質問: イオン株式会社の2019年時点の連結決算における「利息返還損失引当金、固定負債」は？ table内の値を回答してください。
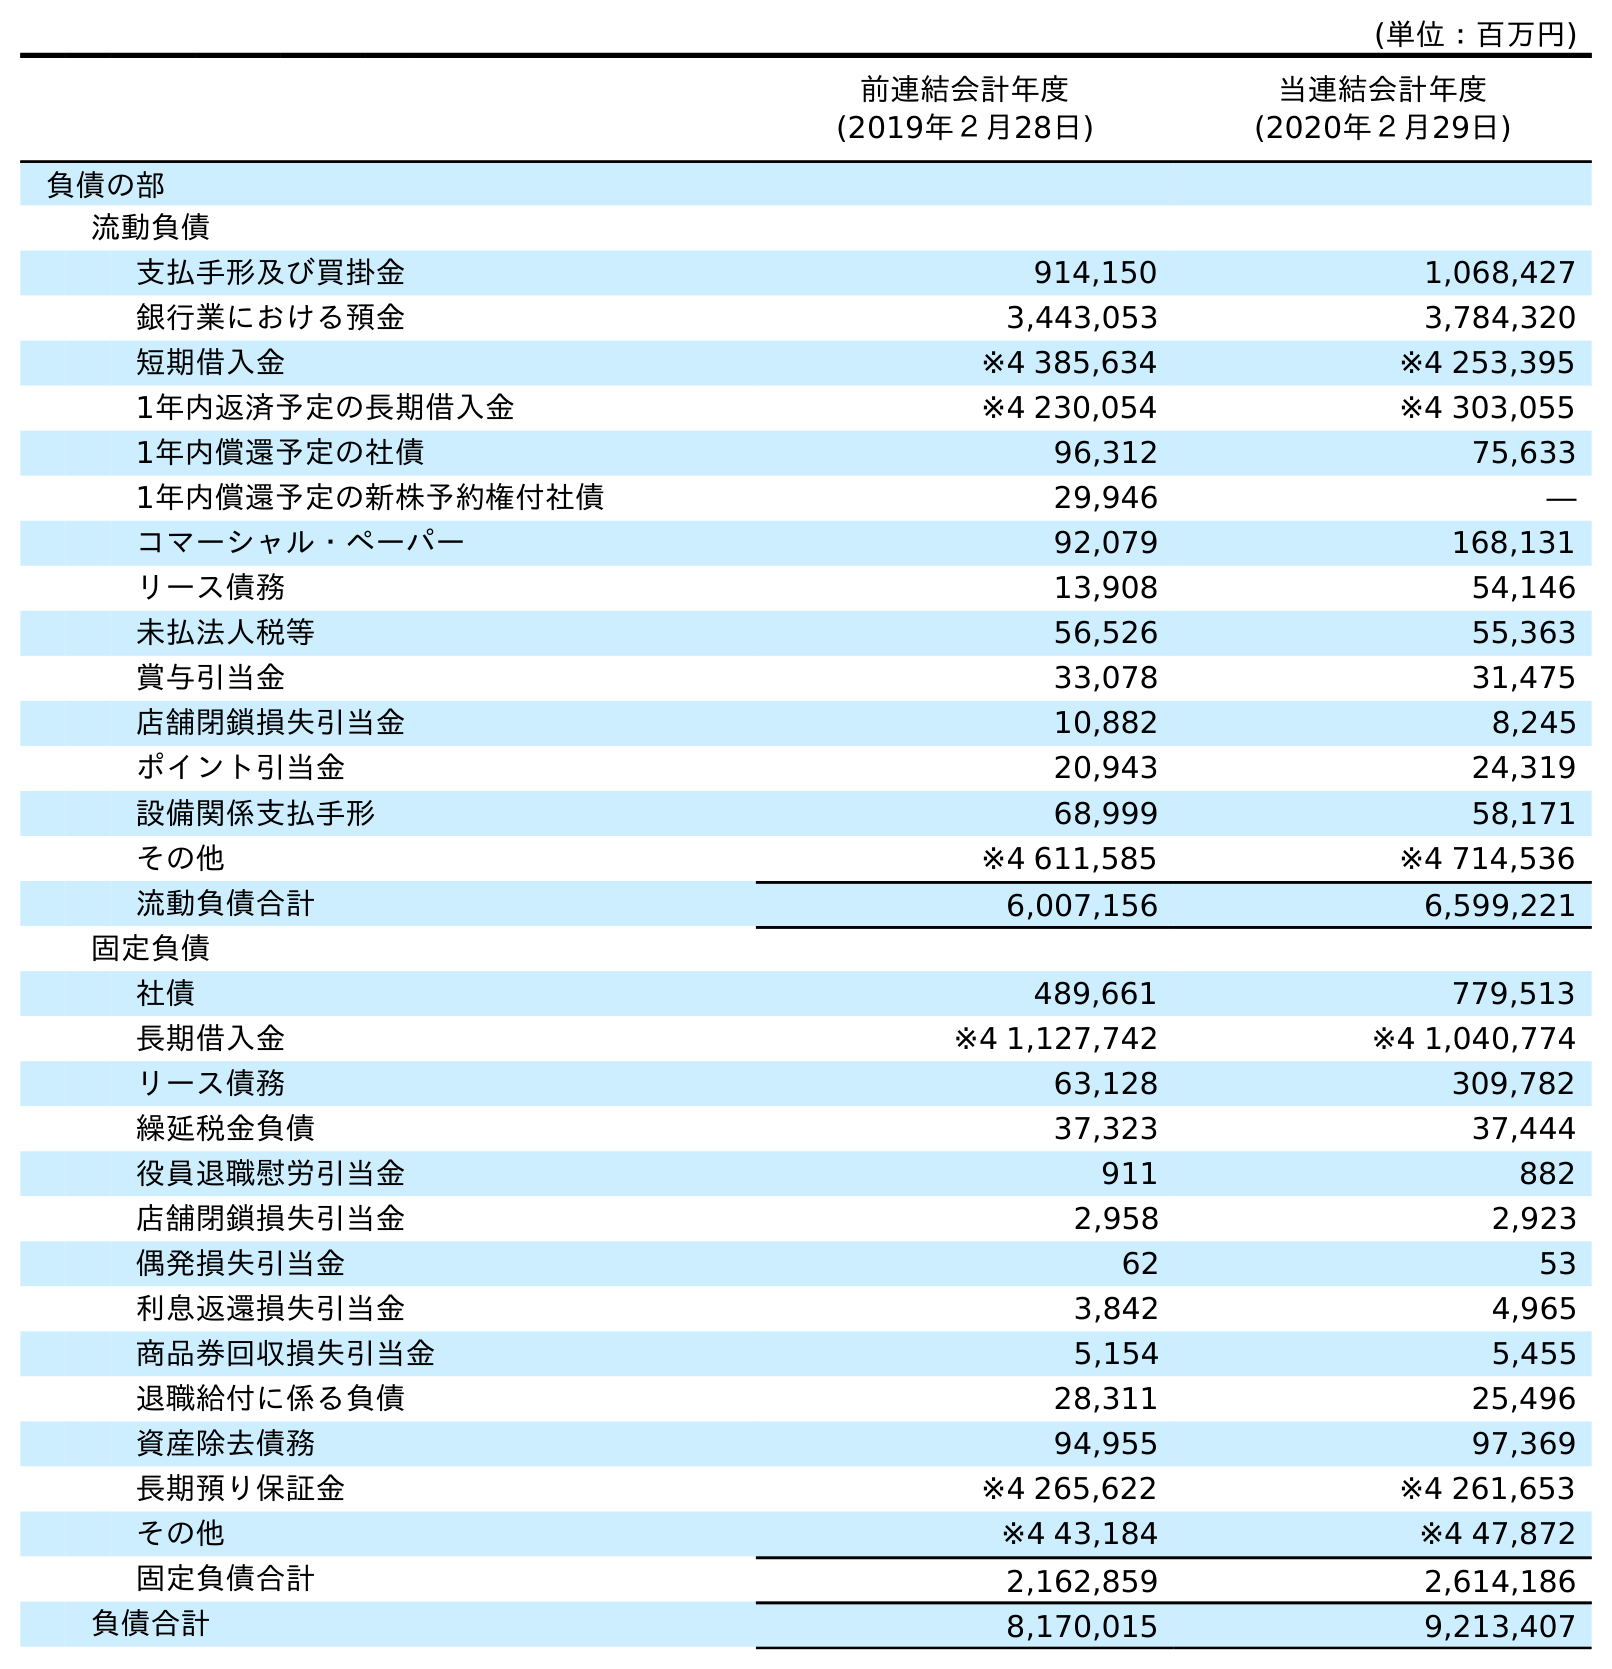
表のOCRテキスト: (単位：百万円) 前連結会計年度 (2019年２月28日) 当連結会計年度 (2020年２月29日) 負債の部 流動負債 支払手形及び買掛金 914,150 1,068,427 銀行業における預金 3,443,053 3,784,320 短期借入金 ※4 385,634 ※4 253,395 1年内返済予定の長期借入金 ※4 230,054 ※4 303,055 1年内償還予定の社債 96,312 75,633 1年内償還予定の新株予約権付社債 29,946 ― コマーシャル・ペーパー 92,079 168,131 リース債務 13,908 54,146 未払法人税等 56,526 55,363 賞与引当金 33,078 31,475 店舗閉鎖損失引当金 10,882 8,245 ポイント引当金 20,943 24,319 設備関係支払手形 68,999 58,171 その他 ※4 611,585 ※4 714,536 流動負債合計 6,007,156 6,599,221 固定負債 社債 489,661 779,513 長期借入金 ※4 1,127,742 ※4 1,040,774 リース債務 63,128 309,782 繰延税金負債 37,323 37,444 役員退職慰労引当金 911 882 店舗閉鎖損失引当金 2,958 2,923 偶発損失引当金 62 53 利息返還損失引当金 3,842 4,965 商品券回収損失引当金 5,154 5,455 退職給付に係る負債 28,311 25,496 資産除去債務 94,955 97,369 長期預り保証金 ※4 265,622 ※4 261,653 その他 ※4 43,184 ※4 47,872 固定負債合計 2,162,859 2,614,186 負債合計 8,170,015 9,213,407
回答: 3,842